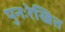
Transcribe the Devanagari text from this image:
पुनःरेखित